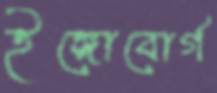
ইঙ্গোবোর্গ